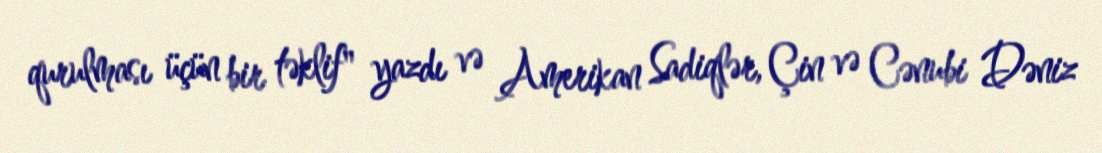
qurulması üçün bir təklif" yazdı və Amerikan Sadiqlər, Çin və Cənubi Dəniz